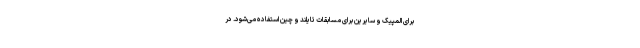
برای المپیک و سایرین برای مسابقات تایلند و چین استفاده می‌شود. در